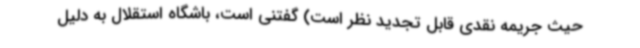
حیث جریمه نقدی قابل تجدید نظر است) گفتنی است، باشگاه استقلال به دلیل